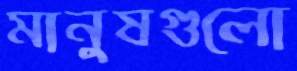
মানুষগুলো